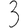
Digit: 3